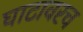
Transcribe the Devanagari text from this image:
घाटावरच